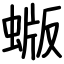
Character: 蝂